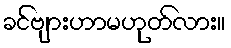
ခင်ဗျားဟာမဟုတ်လား။